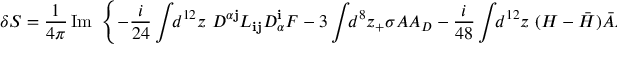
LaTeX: \delta S = \frac { 1 } { 4 \pi } \, \mathrm { I m } \, \, \left\{ - \frac { i } { 2 4 } \int \! \! d ^ { 1 2 } z \ D ^ { \alpha { \mathbf j } } L _ { { \mathbf i } { \mathbf j } } D _ { \alpha } ^ { \mathbf i } { \cal F } - 3 \int \! \! d ^ { 8 } z _ { + } \sigma { \cal A } { \cal A } _ { D } - \frac { i } { 4 8 } \int \! \! d ^ { 1 2 } z \ ( H - { \bar { H } } ) { \bar { \cal A } } { \cal A } _ { D } \right\} .